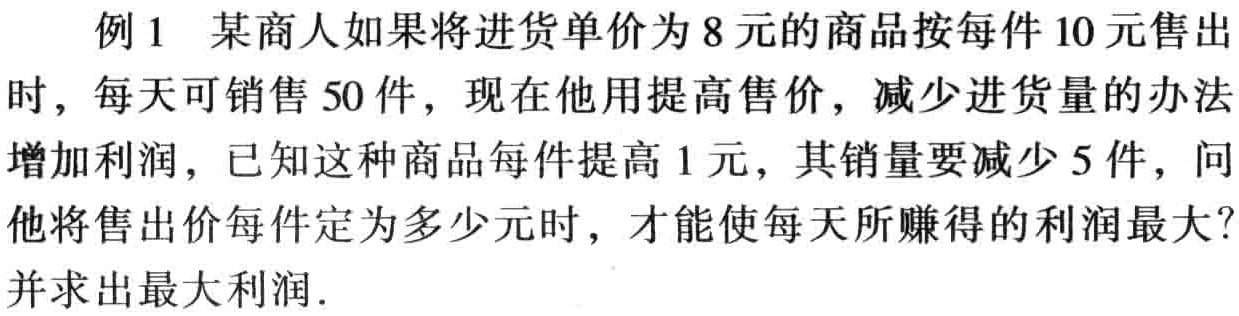
例1 某商人如果将进货单价为8元的商品按每件10元售出时，每天可销售50件，现在他用提高售价，减少进货量的办法增加利润，已知这种商品每件提高1元，其销量要减少5件，问他将售出价每件定为多少元时，才能使每天所赚得的利润最大？并求出最大利润.